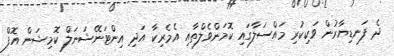
ދެ ފަނޑިޔާރުން ވަކިކުރި މައްސަލާގައި ކޮމަންވެލްތާއި އެމެރިކާ އަދި އިންޓަނޭޝަނަލް ކޮމިޝަން އޮފް